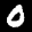
Label: 0